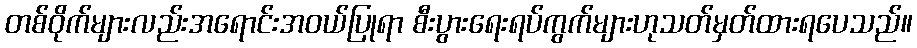
တစ်ဝိုက်များလည်းအရောင်းအဝယ်ပြုရာ စီးပွားရေးရပ်ကွက်များဟုသတ်မှတ်ထားရပေသည်။